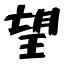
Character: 望